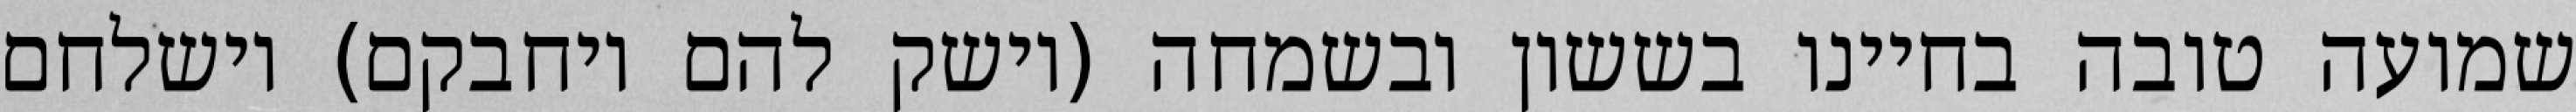
שמועה טובה בחיינו בששון ובשמחה (וישק להם ויחבקם) וישלחם